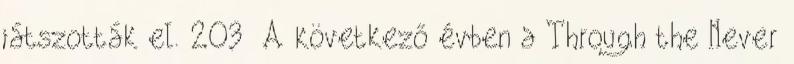
játszották el. 203 A következő évben a Through the Never